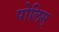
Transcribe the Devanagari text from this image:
पोलिस्